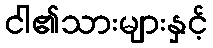
ငါ၏သားများနှင့်